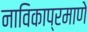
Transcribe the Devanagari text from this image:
नाविकाप्रमाणे